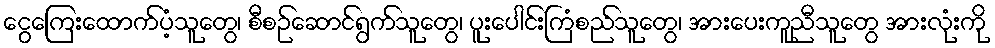
ငွေကြေးထောက်ပံ့သူတွေ၊ စီစဉ်ဆောင်ရွက်သူတွေ၊ ပူးပေါင်းကြံစည်သူတွေ၊ အားပေးကူညီသူတွေ အားလုံးကို